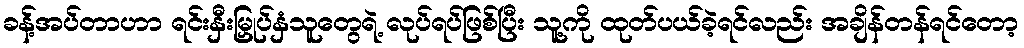
ခန့်အပ်တာဟာ ရင်းနှီးမြှုပ်နှံသူတွေရဲ့ လုပ်ရပ်ဖြစ်ပြီး သူ့ကို ထုတ်ပယ်ခဲ့ရင်လည်း အချိန်တန်ရင်တော့